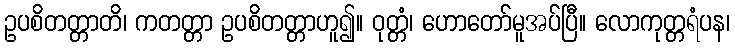
ဥပစိတတ္တာတိ၊ ကတတ္တာ ဥပစိတတ္တာဟူ၍။ ဝုတ္တံ၊ ဟောတော်မူအပ်ပြီ။ လောကုတ္တရံပန၊